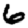
Digit: 6